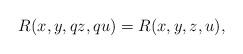
LaTeX: \begin{align*} R(x, y, qz, qu)=R(x, y, z, u),\end{align*}